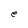
Character: e